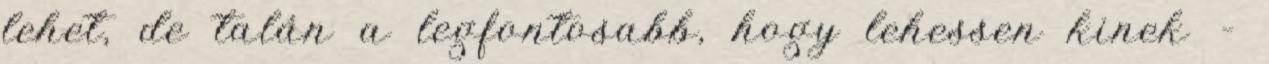
lehet, de talán a legfontosabb, hogy lehessen kinek –